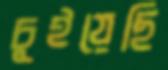
চুইয়েছি